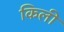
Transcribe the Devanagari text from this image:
किली